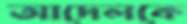
আদেলকে